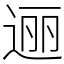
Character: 逦